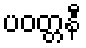
ပဝတ္တနီ